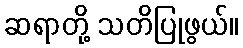
ဆရာတို့ သတိပြုဖွယ်။